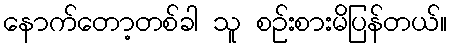
နောက်တော့တစ်ခါ သူ စဉ်းစားမိပြန်တယ်။